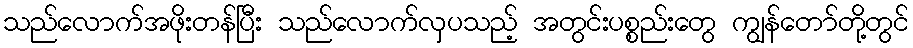
သည်လောက်အဖိုးတန်ပြီး သည်လောက်လှပသည့် အတွင်းပစ္စည်းတွေ ကျွန်တော်တို့တွင်